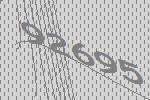
92695